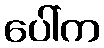
ပေါ်က